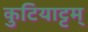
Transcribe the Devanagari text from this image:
कुटियाट्टम्